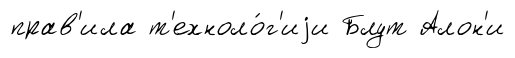
прав'ила т'ехноло́г'иjи Блут Алон'и